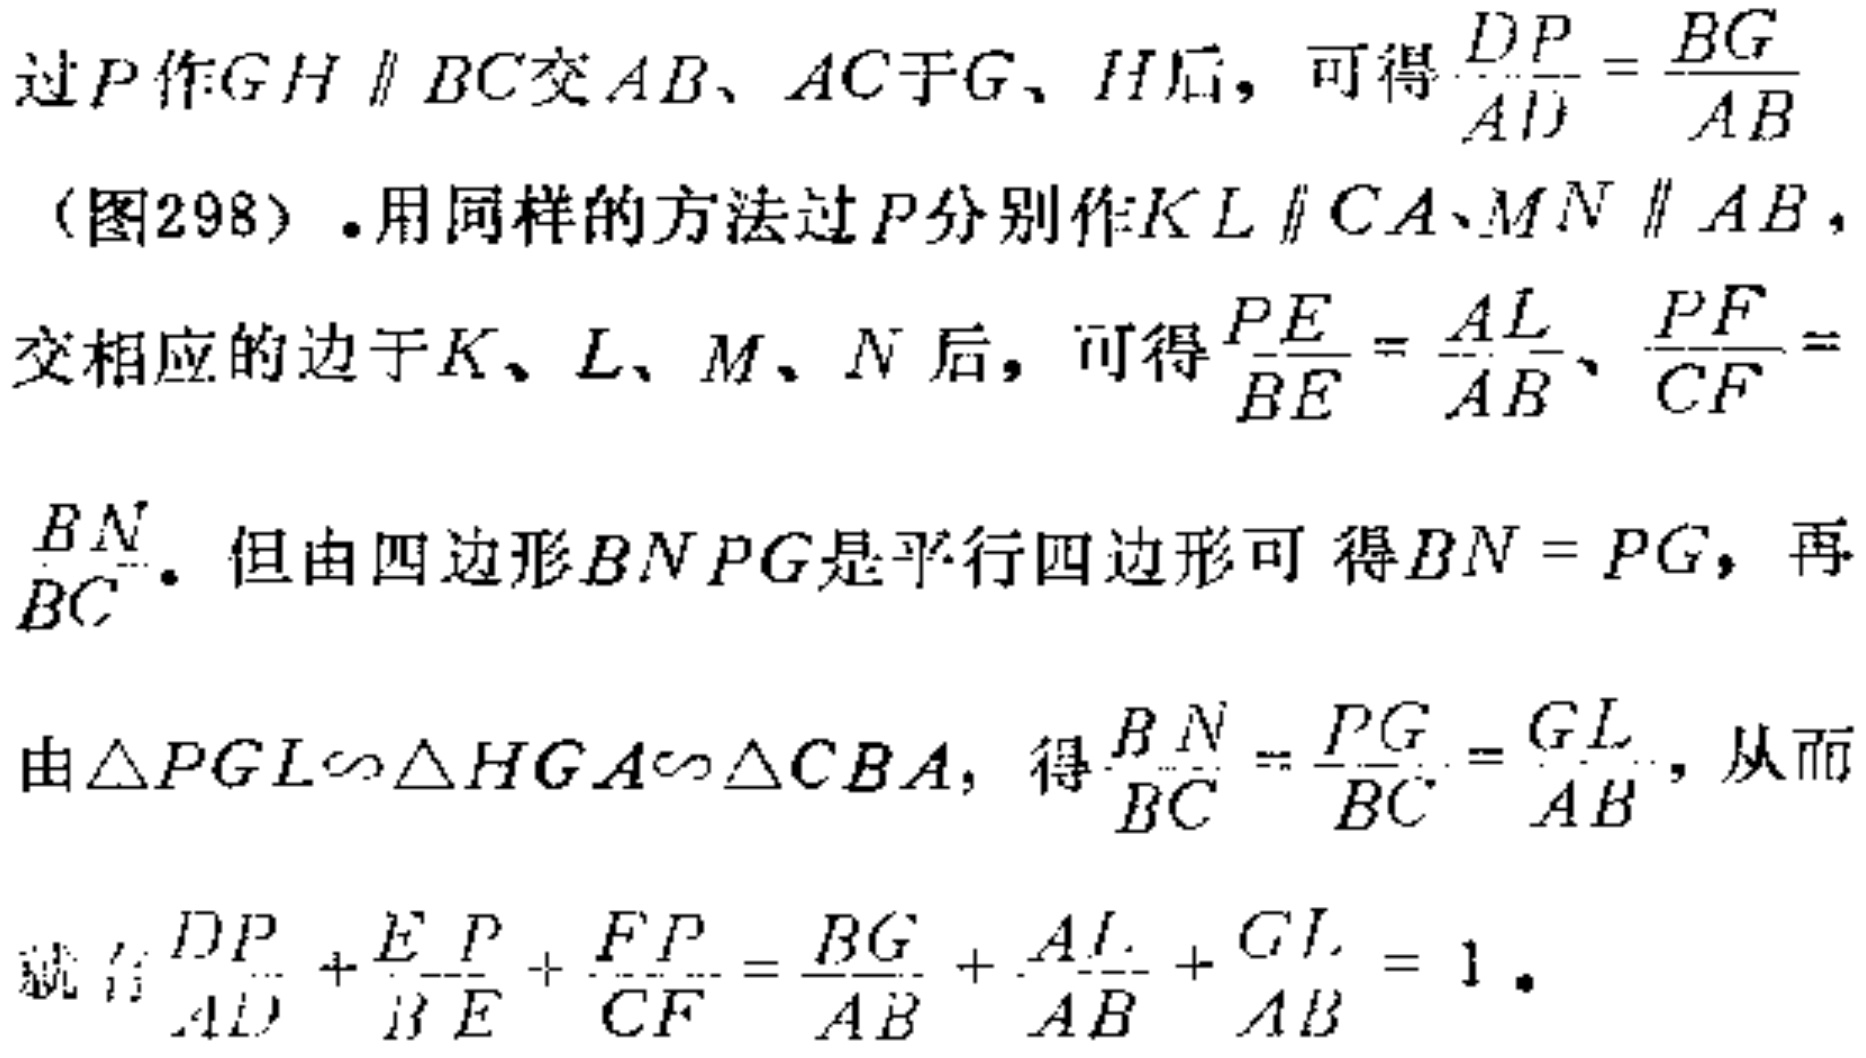
过\(P\)作\(GH \parallel BC\)交\(AB\)、\(AC\)于\(G\)、\(H\)后，可得\(\frac{DP}{AD}=\frac{BG}{AB}\)（图298）. 用同样的方法过\(P\)分别作\(KL \parallel CA\)、\(MN \parallel AB\)，交相应的边于\(K\)、\(L\)、\(M\)、\(N\)后，可得\(\frac{PE}{BE}=\frac{AL}{AB}\)、\(\frac{PF}{CF}=\frac{BN}{BC}\). 但由四边形\(BNPG\)是平行四边形可得\(BN = PG\)，再由\(\triangle PGL\sim\triangle HGA\sim\triangle CBA\)，得\(\frac{BN}{BC}=\frac{PG}{BC}=\frac{GL}{AB}\)，从而就有\(\frac{DP}{AD}+\frac{EP}{BE}+\frac{FP}{CF}=\frac{BG}{AB}+\frac{AL}{AB}+\frac{GL}{AB}=1\).